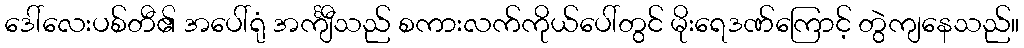
ဒေါ်လေးပစ်တီ၏ အပေါ်ရုံ အင်္ကျီသည် စကားလက်ကိုယ်ပေါ်တွင် မိုးရေဒဏ်ကြောင့် တွဲကျနေသည်။